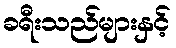
ခရီးသည်များနှင့်